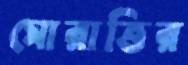
মোরাত্তির